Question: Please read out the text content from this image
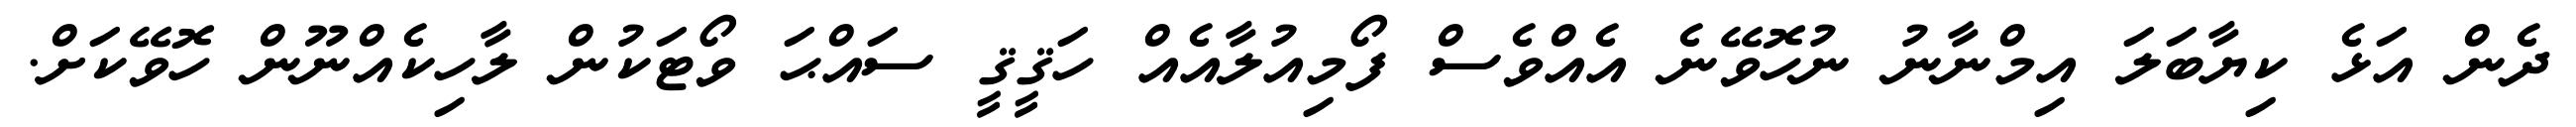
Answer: ދެން އަޅެ ކިޔާބަލަ އިމްނާނު ނުހޮވޭނެ އެއްވެސް ފޯމިއުލާއެއް ހަޤީޤީ ސައްޙަ ވޯޓަކުން ލާހިކެއްނޫން ހޮވޭކަށް.